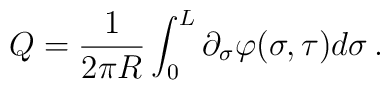
Q=\frac{1}{2\pi R}\int ^{L}_{0}\partial _{\sigma }\varphi (\sigma ,\tau )d\sigma \, .